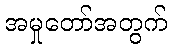
အမှုတော်အတွက်